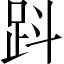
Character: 𧿫